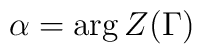
\alpha = \arg Z(\Gamma)